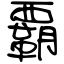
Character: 覇